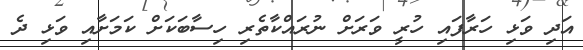
އަދި ވަޅި ހަރާފައި ހުރީ ވަރަށް ނުރައްކާތެރި ހިސާބަކަށް ކަމަށާއި ވަޅި ދެ